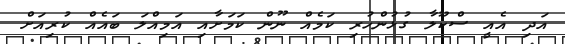
އަދި އެއީ ސްކޫލާ ގުޅުންހުރި ކަމެއް ނޫން ކަމަށާއި އަމިއްލަ ބައެއް ކުރިއަށް